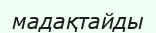
мадақтайды